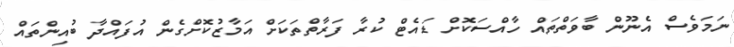
ނަމަވެސް އެނޫން ބާވަތްތައް ހާއްސަކޮށް ޑައެޓް ކުރާ ފަރާތްތަކަށް އަމާޒުކޮށްގެން އުފައްދާ ބުއިންތައް